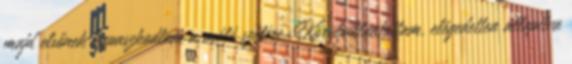
majd elsőnek kapaszkodtam a móló szélére. Körülpillantottam, elégedetten állapítva